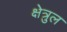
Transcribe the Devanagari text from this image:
क्षेत्रुल